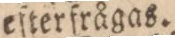
efterfrågas.